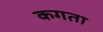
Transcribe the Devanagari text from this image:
कगता